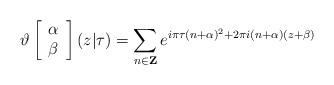
LaTeX: \begin{align*}\vartheta\left[\begin{array}{c}\alpha \\\beta\end{array}\right](z|\tau)=\sum_{n\in{\bf Z}}e^{i\pi\tau(n+\alpha)^{2}+2\pi i(n+\alpha)(z+\beta)}\end{align*}